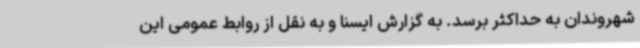
شهروندان به حداکثر برسد. به گزارش ایسنا و به نقل از روابط عمومی این